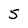
Character: 5